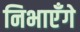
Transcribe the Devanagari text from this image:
निभाएँगे